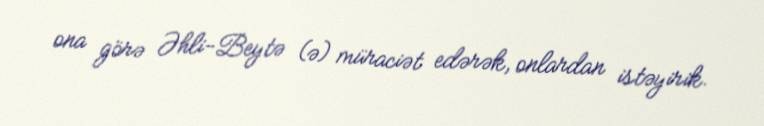
ona görə Əhli-Beytə (ə) müraciət edərək, onlardan istəyirik.